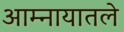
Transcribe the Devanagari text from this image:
आम्नायातले